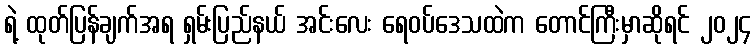
ရဲ့ ထုတ်ပြန်ချက်အရ ရှမ်းပြည်နယ် အင်းလေး ရေဝပ်ဒေသထဲက တောင်ကြီးမှာဆိုရင် ၂၀၂၄